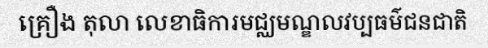
គ្រឿង តុលា លេខាធិការមជ្ឈមណ្ឌលវប្បធម៌ជនជាតិ